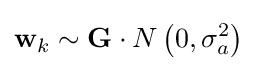
\mathbf {w} _{k}\sim \mathbf {G} \cdot N\left(0,\sigma _{a}^{2}\right)